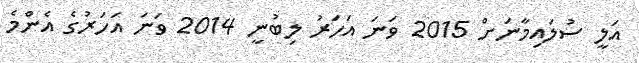
އަލީ ސުލައިމާނަށް 2015 ވަނަ އަހަރު ލިބުނީ 2014 ވަނަ އަހަރުގެ އެންމެ